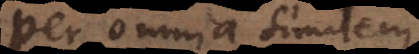
per omnia similem